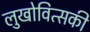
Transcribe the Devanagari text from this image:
लुखोवित्सकी